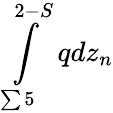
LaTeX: \int\limits_{\sum 5}^{2-S}qdz_{n}